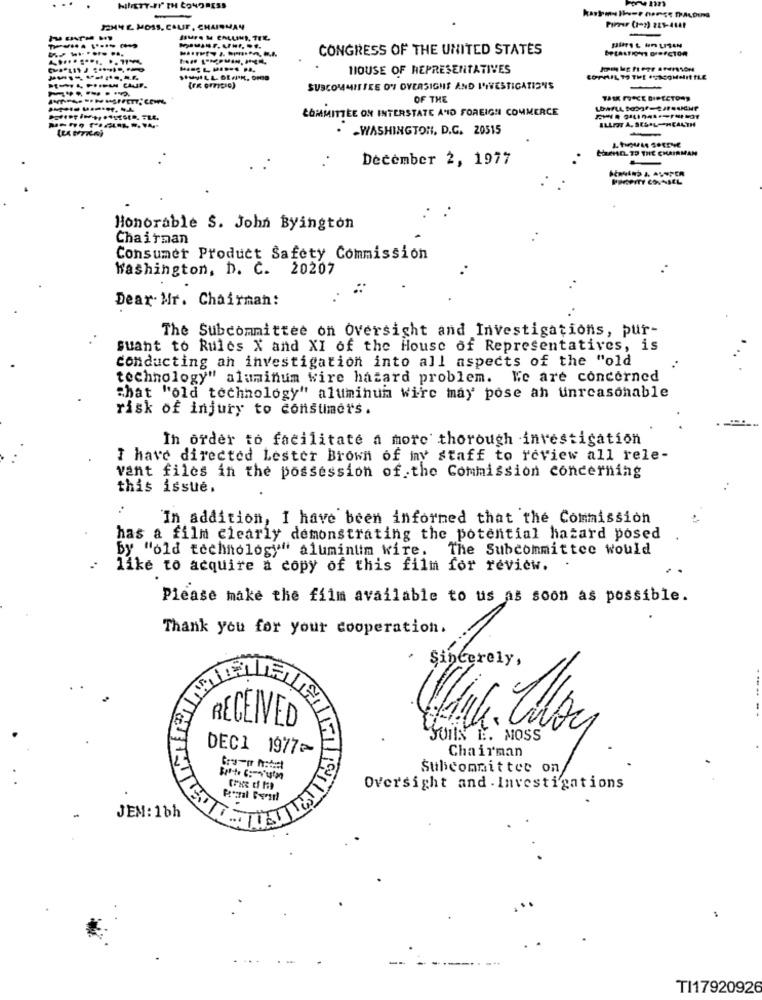
HINETY-FI" TH CONGRESS
12H46 MOSS, CAUF, CHAIRMAN
Pirrer (1-2) 224-4141
-
CONGRESS OF THE UNITED STATES
fürst un LISAN
HOUSE OF REPRESENTATIVES
SUBCOMMITTEE ON OVERSIGHT AND INVESTIGATIONS
OF THE
TE NE DIRECTORS
LOWFLA, 50ogf-24duP
COMMITTEE ON INTERSTATE AND FOREIGN COMMERCE
. - WASHINGTON, D.C. 20515
Henn. TO THE CHAIRMAN
December 2, 1977
PROFITY COUNSEL
Honorable S. John Byington
Chairman
Consumer Product Safety Commission
Washington, D. C. 20207
Dear Mr. Chairman:
The Subcommittee on Oversight and Investigations, pur-
suant to Rules X and XI of the House of Representatives, is
conducting an investigation into all aspects of the "old
technology"
zy" aluminum wire hazard problem. We are concerned
"hat "old technology" aluminum wirc may pose an unreasonable
risk of injury to consumers.
In order to facilitate a more thorough investigation
I have directed Lester Brown of my staff to review all rele-
vant files in the possession of the Commission concerning
this issue.
"In addition, I have been informed that the Commission
has a film clearly demonstrating the potential hazard posed
by "old technology" alumintim wire.
The Subcommittee would
like to acquire a copy of this film for review.
Please make the film available to us as soon as possible.
Thank you for your cooperation.
Sincerely,
RECEIVED
JOHN E. MOSS
DEC1 1977~
Chairman
Subcommittee on
Oversight and . Investigations
JEM: 16h
--
.-..
TI17920926